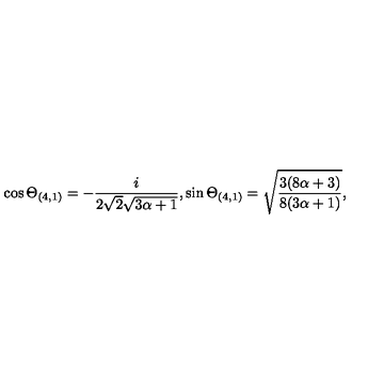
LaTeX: \cos \Theta _ { ( 4 , 1 ) } = - \frac { i } { 2 \sqrt { 2 } \sqrt { 3 \alpha + 1 } } , \sin \Theta _ { ( 4 , 1 ) } = \sqrt { \frac { 3 ( 8 \alpha + 3 ) } { 8 ( 3 \alpha + 1 ) } } ,